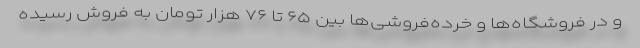
و در فروشگاه‌ها و خرده‌فروشی‌ها بین ۶۵ تا ۷۶ هزار تومان به فروش رسیده